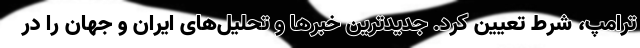
ترامپ، شرط تعیین کرد. جدیدترین خبرها و تحلیل‌های ایران و جهان را در